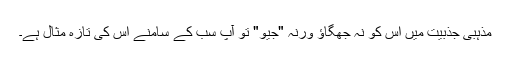
مذہبی جذبیت میں اس کو نہ جھگاؤ ورنہ "جیو" تو آپ سب کے سامنے اس کی تازہ مثال ہے۔